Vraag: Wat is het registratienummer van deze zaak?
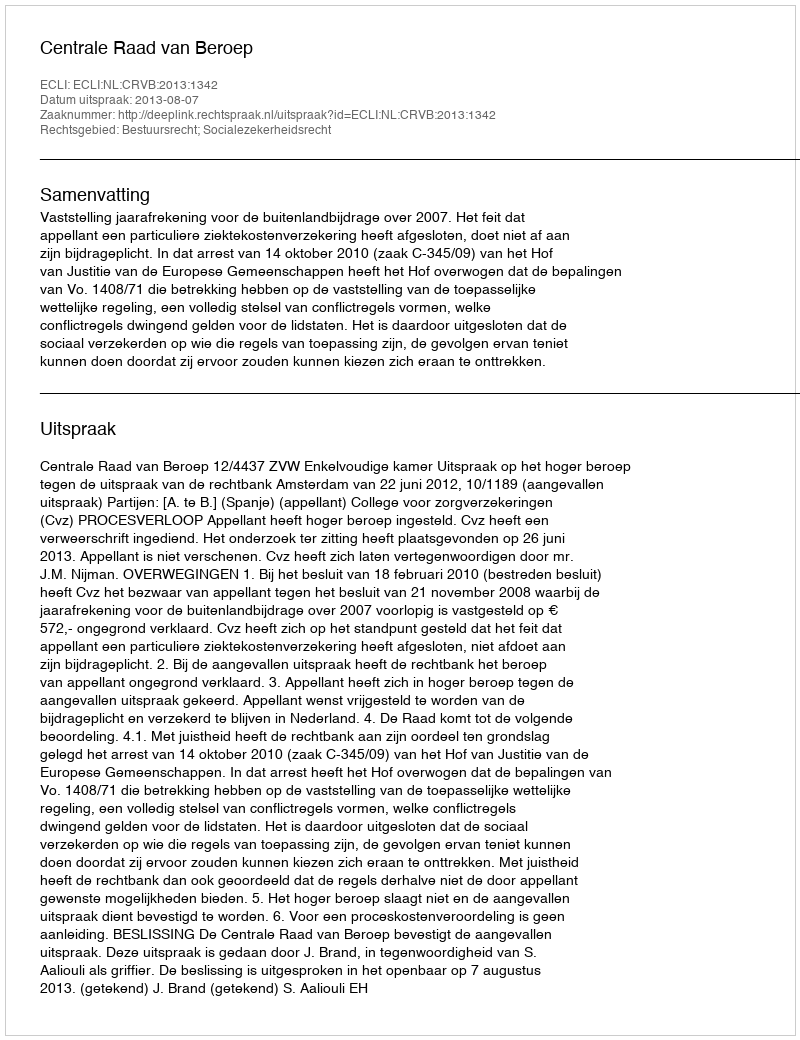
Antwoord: http://deeplink.rechtspraak.nl/uitspraak?id=ECLI:NL:CRVB:2013:1342